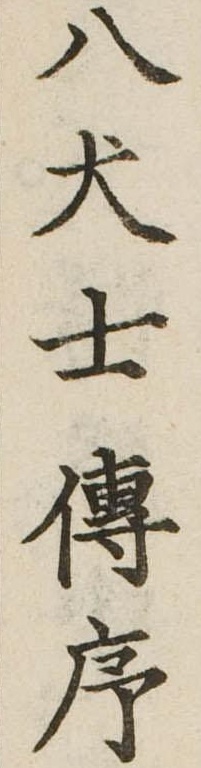
八犬士伝序